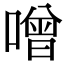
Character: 噌